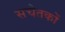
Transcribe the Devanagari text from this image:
सचेतकों